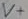
Text: V+